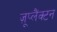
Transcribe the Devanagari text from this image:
ज़ूप्लैंक्टन